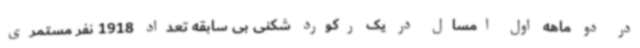
در دو ماهه اول امسال در یک رکورد شکنی بی سابقه تعداد 1918 نفر مستمری